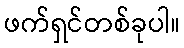
ဖက်ရှင်တစ်ခုပါ။